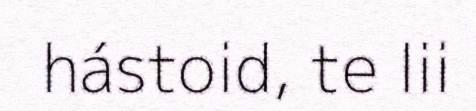
hástoid, te lii